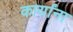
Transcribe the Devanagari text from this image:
कार्यांना